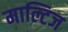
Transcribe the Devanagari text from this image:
माल्टिज